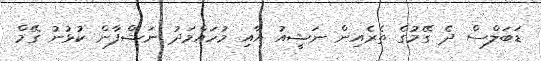
ޑަބަލްސް ދެ ގޭމުގެ ތެރެއިން ނަޝީއު އާއި މުހައްމަދު ނަޝްފާން ކުޅުނު ގޭމް